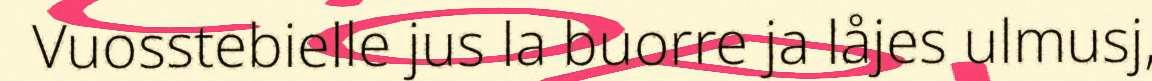
Vuosstebielle jus la buorre ja låjes ulmusj,